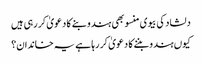
دلشاد کی بیوی منسو بھی ہندو بنے کا دعویٰ کر رہی ہیں
کیوں ہندو بننے کا دعویٰ کر رہا ہے یہ خاندان؟